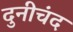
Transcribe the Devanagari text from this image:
दुनीचंद